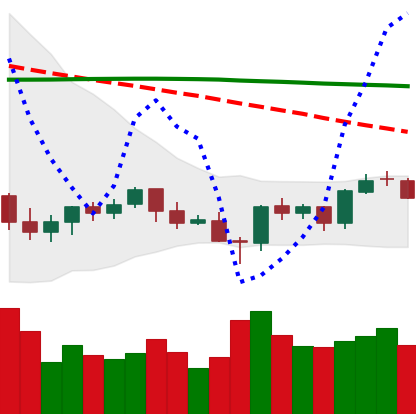
Ticker: BTC-USD
Chart end date: 2021-06-16
Forward return: -17.395%
Label: down_7plus